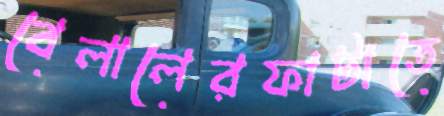
বেলালেরফাটাতে